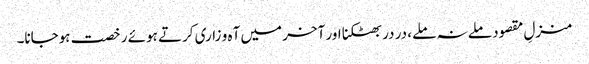
منزلِ مقصود ملے نہ ملے، در در بھٹکنا اور آخر میں آہ و زاری کرتے ہوئے رخصت ہوجانا۔